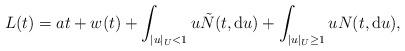
LaTeX: \begin{align*} L(t)=at+w(t)+\int_{|u|_{U}<1}u\tilde{N}(t,\mathrm{d}u)+\int_{|u|_{U}\geq1}uN(t,\mathrm{d}u),\end{align*}